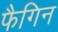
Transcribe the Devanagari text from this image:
फैगिन